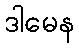
ဒါမေန